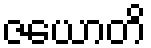
ဇယောတိ